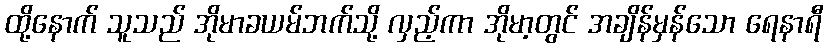
ထို့နောက် သူသည် အိုမာခယမ်ဘက်သို့ လှည့်ကာ အိုမာ့တွင် အချိန်မှန်သော ရေနာရီ